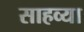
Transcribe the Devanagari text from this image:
साहव्या